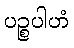
ပဉ္စပါဟံ